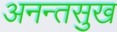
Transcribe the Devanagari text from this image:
अनन्तसुख